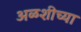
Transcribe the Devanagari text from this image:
अळशीच्या